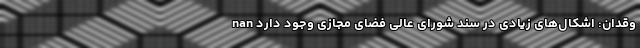
وقدان: اشکال‌های زیادی در سند شورای عالی فضای مجازی وجود دارد nan